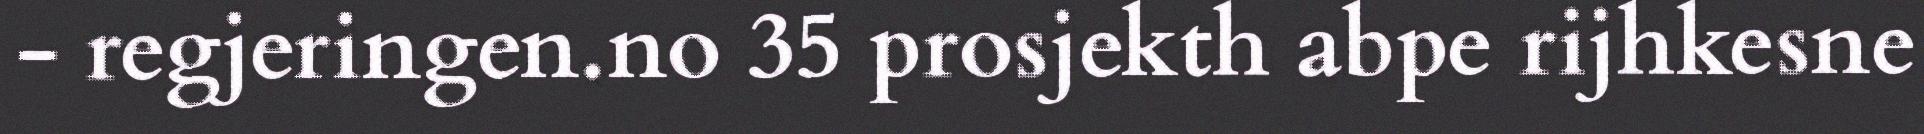
- regjeringen.no 35 prosjekth abpe rijhkesne